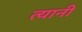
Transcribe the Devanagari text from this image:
त्‍यानी